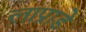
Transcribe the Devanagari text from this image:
लाप्राडे